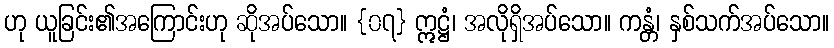
ဟု ယူခြင်း၏အကြောင်းဟု ဆိုအပ်သော။ {၀၇} ဣဋ္ဌံ၊ အလိုရှိအပ်သော။ ကန္တံ၊ နှစ်သက်အပ်သော။